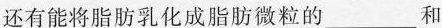
还有能将脂肪乳化成脂肪微粒的___和